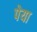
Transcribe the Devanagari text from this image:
पेया